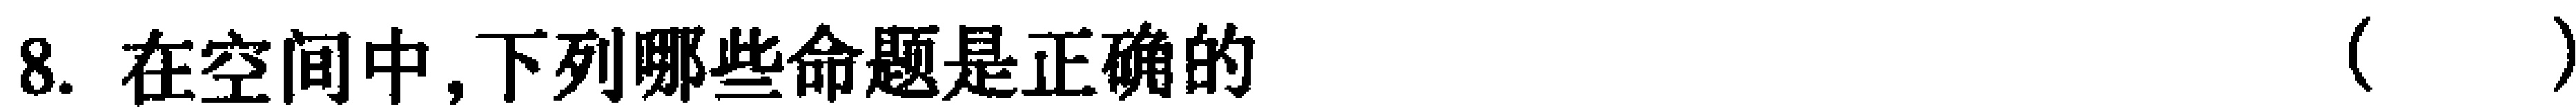
8. 在空间中,下列哪些命题是正确的（  ）